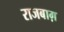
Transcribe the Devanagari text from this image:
राजबाग़